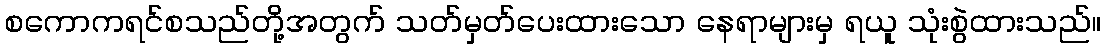
စကောကရင်စသည်တို့အတွက် သတ်မှတ်ပေးထားသော နေရာများမှ ရယူ သုံးစွဲထားသည်။